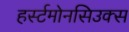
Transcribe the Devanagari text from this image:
हर्स्टमोनसिउक्स